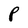
Character: P